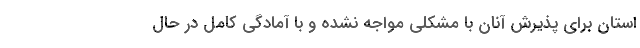
استان برای پذیرش آنان با مشکلی مواجه نشده و با آمادگی کامل در حال